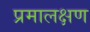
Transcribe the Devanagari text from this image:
प्रमालक्षण